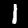
Label: 1